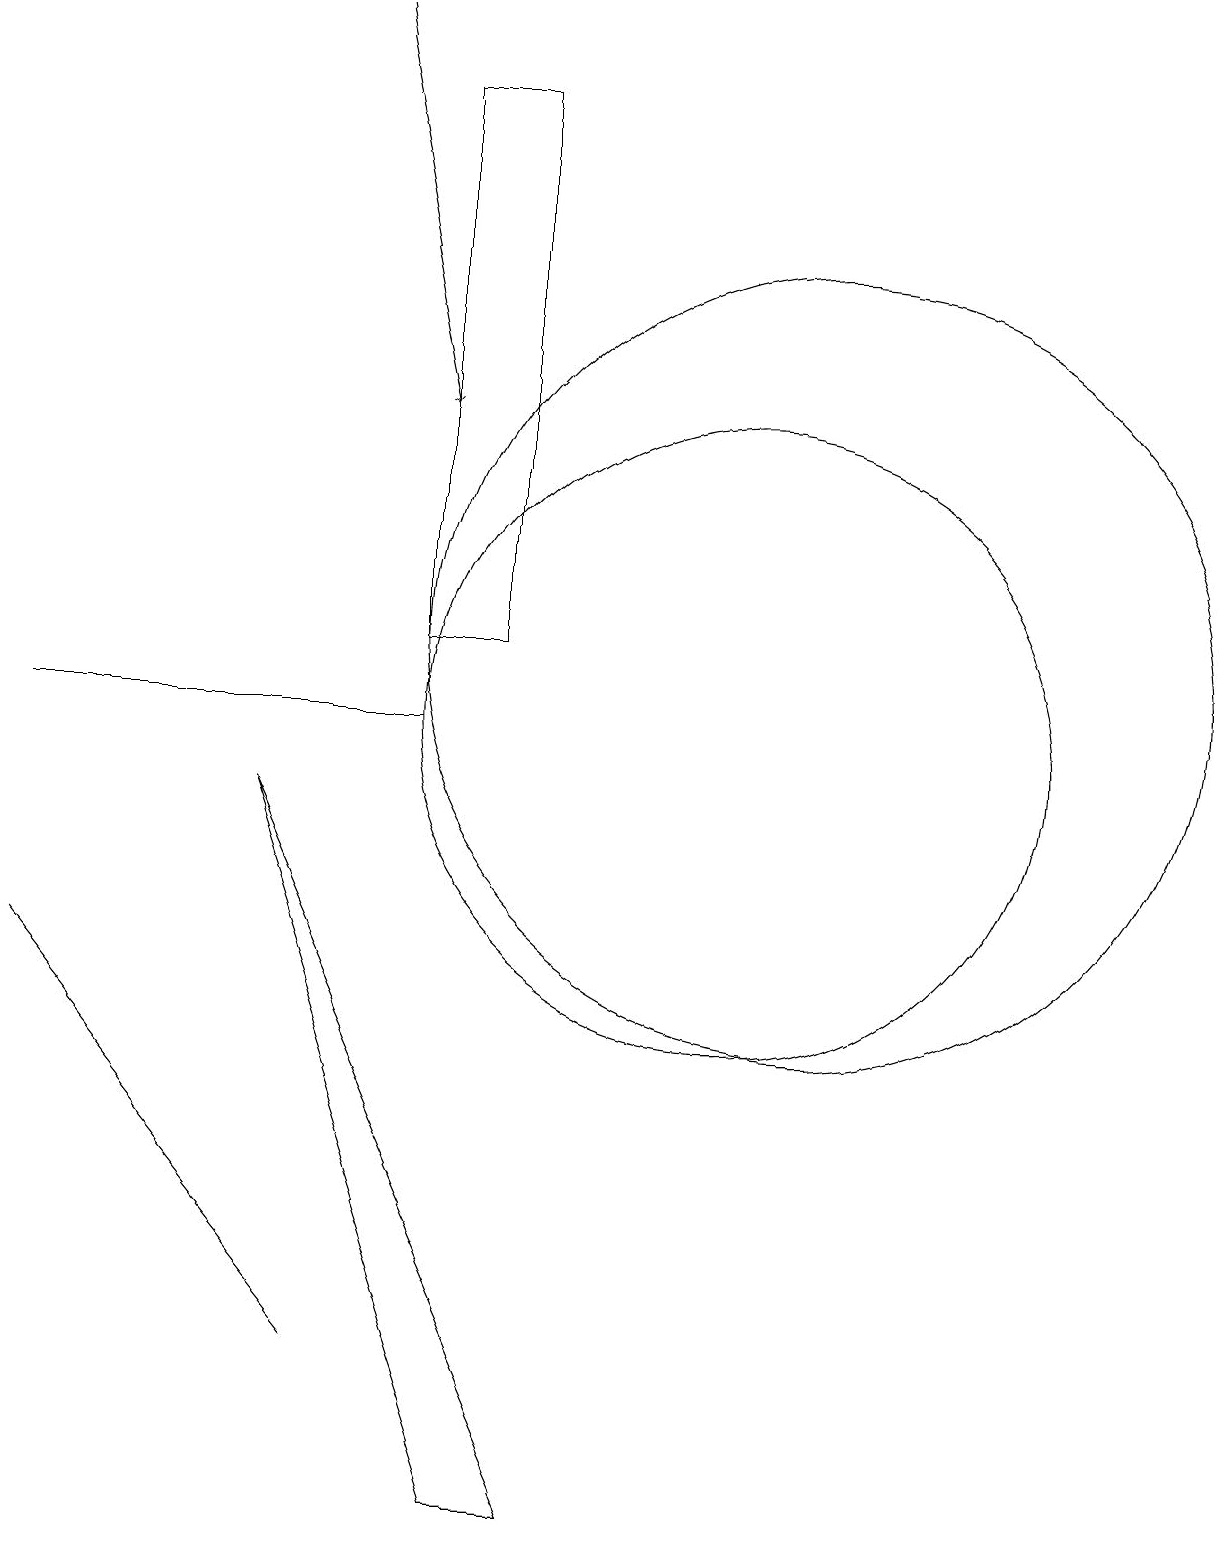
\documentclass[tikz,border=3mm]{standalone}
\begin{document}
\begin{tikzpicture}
\draw (11,11) circle (5);
\draw (6,10) rectangle (1,10);
\draw[->] (5,19) -- (6,14);
\draw (6,11) rectangle (7,18);
\draw (10,10) circle (4);
\draw (7,0) -- (4,9) -- (8,0) -- cycle;
\draw (1,7) -- (5,2) -- (5,2) -- cycle;
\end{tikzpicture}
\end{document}